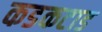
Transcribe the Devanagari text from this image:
कडकटाड